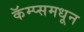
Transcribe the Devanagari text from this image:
कॅम्प्समधून